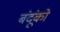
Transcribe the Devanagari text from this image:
बंदूंको